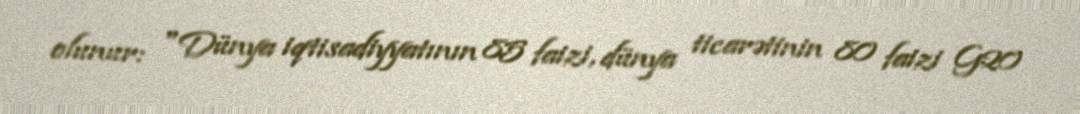
olunur: "Dünya iqtisadiyyatının 85 faizi, dünya ticarətinin 80 faizi G20